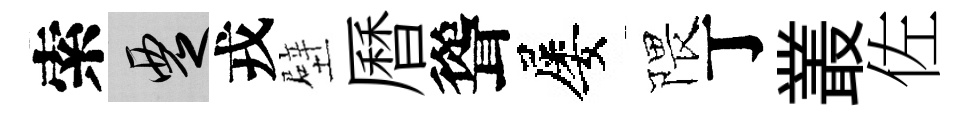
索覂戎壁曆聳屡隈丁叢佐